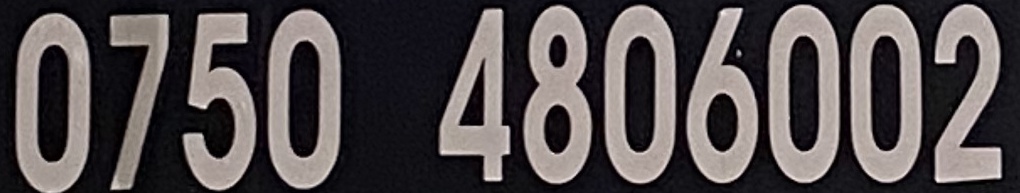
0750 4806002